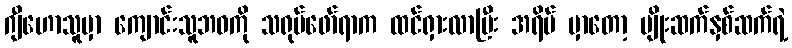
ဂျီဟောသူမှာ ကျောင်းသူဘဝကို သရုပ်ဖော်ရာက ထင်ရှားလာပြီး အရိပ် မှာတော့ မျိုးဆက်နှစ်ဆက်ရဲ့